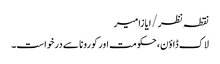
نقطہ نظر/ایازامیر
لاک ڈاؤن، حکومت اور کورونا سے درخواست۔